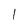
Character: l